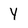
Character: y